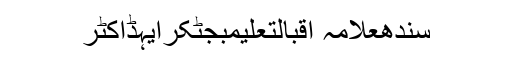
سندھعلامہ اقبالتعلیمبجٹکرایہڈاکٹر